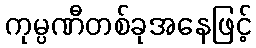
ကုမ္ပဏီတစ်ခုအနေဖြင့်